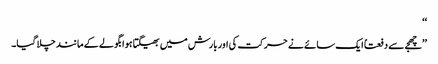
‘‘
’’چھجے سے دفعتاً ایک سائے نے حرکت کی اور بارش میں بھیگتا ہوا بگولے کے مانند چلا گیا۔